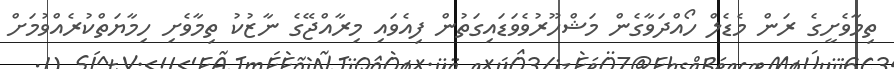
ތިމާވެށީގެ ރަން މެޑެލް ހޯއްދަވާގެން މަޝްހޫރުވެވަޑައިގަތުން ފިއެވައި މިރާއްޖޭގެ ނާޒުކު ތިމާވެށި ހިމާޔަތްކުރެއްވުމަށް